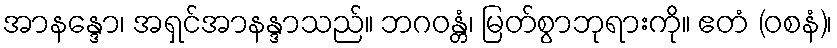
အာနန္ဒော၊ အရှင်အာနန္ဒာသည်။ ဘဂဝန္တံ၊ မြတ်စွာဘုရားကို။ ဧတံ (ဝစနံ)၊